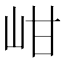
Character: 𡶑